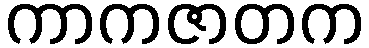
ကာကဇာတက